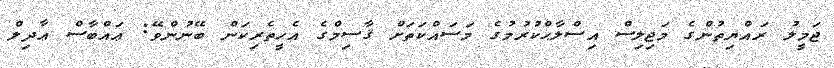
ޖަމީލު ރައްޔިތުންގެ މަޖިލިސް އިސްލާޙްކުރުމުގެ މަސައްކަތަށް ޤާސިމްގެ އެހީތެރިކަން ބޭނުންވޭ: ޢައްބާސް ޢާދިލް